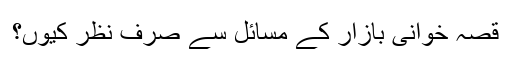
قصہ خوانی بازار کے مسائل سے صرف نظر کیوں؟